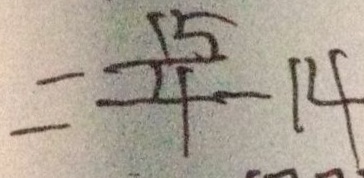
= \frac { 1 5 } { - 4 } - 1 4